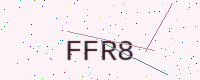
Text: FFR8